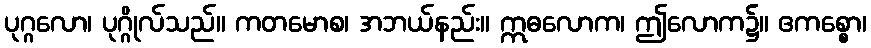
ပုဂ္ဂလော၊ ပုဂ္ဂိုလ်သည်။ ကတမောစ၊ အဘယ်နည်း။ ဣဓလောက၊ ဤလောက၌။ ဧကစ္စော၊